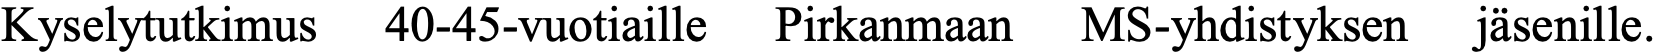
Kyselytutkimus 40-45-vuotiaille Pirkanmaan MS-yhdistyksen jäsenille.